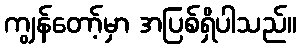
ကျွန်တော့်မှာ အပြစ်ရှိပါသည်။